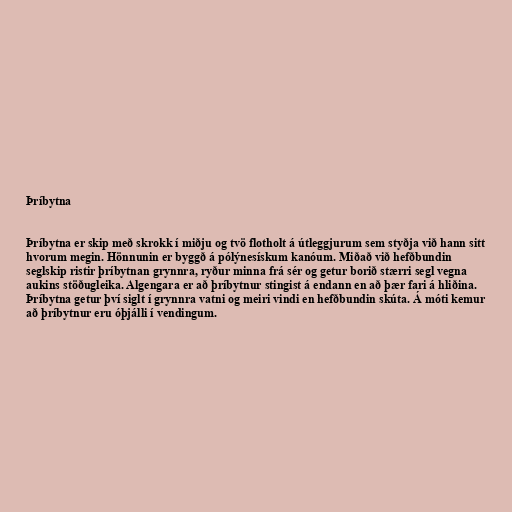
Þríbytna

Þríbytna er skip með skrokk í miðju og tvö flotholt á útleggjurum sem styðja við hann sitt
hvorum megin. Hönnunin er byggð á pólýnesískum kanóum. Miðað við hefðbundin
seglskip ristir þríbytnan grynnra, ryður minna frá sér og getur borið stærri segl vegna
aukins stöðugleika. Algengara er að þríbytnur stingist á endann en að þær fari á hliðina.
Þríbytna getur því siglt í grynnra vatni og meiri vindi en hefðbundin skúta. Á móti kemur
að þríbytnur eru óþjálli í vendingum.